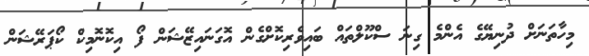
މިހާތަނަށް ދުނިޔޭގެ އެންމެ ގިނަ ސްކޫލްތައް ބައިވެރިކޮށްގެން އޮގަނައިޒޭޝަން ފޯ އިކޮނޮމިކް ކޯޕަރޭޝަން